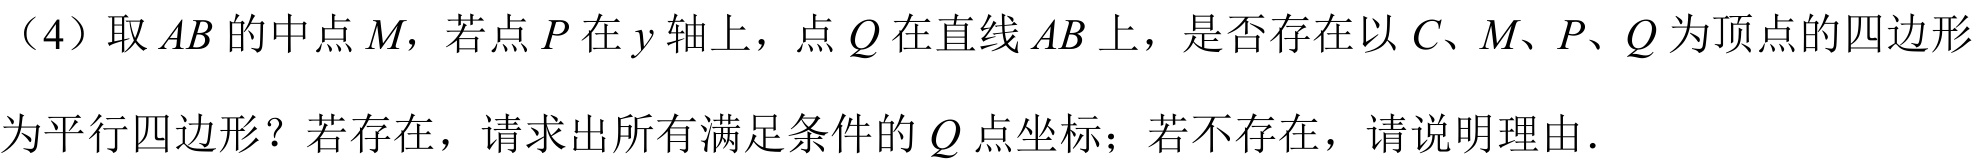
（4）取\(AB\)的中点\(M\)，若点\(P\)在\(y\)轴上，点\(Q\)在直线\(AB\)上，是否存在以\(C\)、\(M\)、\(P\)、\(Q\)为顶点的四边形
为平行四边形？若存在，请求出所有满足条件的\(Q\)点坐标；若不存在，请说明理由.